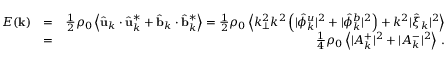
\begin{array} { r l r } { E ( { \bf k } ) } & { = } & { \frac { 1 } { 2 } \rho _ { 0 } \left\langle \hat { \bf u } _ { k } \cdot \hat { \bf u } _ { k } ^ { * } + \hat { \bf b } _ { k } \cdot \hat { \bf b } _ { k } ^ { * } \right\rangle = \frac { 1 } { 2 } \rho _ { 0 } \left\langle k _ { \perp } ^ { 2 } k ^ { 2 } \left( \vert \hat { \phi } _ { k } ^ { u } \vert ^ { 2 } + \vert \hat { \phi } _ { k } ^ { b } \vert ^ { 2 } \right) + k ^ { 2 } \vert \hat { \xi } _ { k } \vert ^ { 2 } \right\rangle } \\ & { = } & { \frac { 1 } { 4 } \rho _ { 0 } \left\langle \vert A _ { k } ^ { + } \vert ^ { 2 } + \vert A _ { k } ^ { - } \vert ^ { 2 } \right\rangle \, . } \end{array}